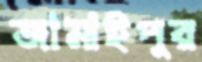
জামাইপুর